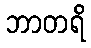
ဘာတရိ